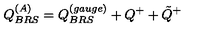
Q _ { B R S } ^ { ( A ) } = Q _ { B R S } ^ { ( g a u g e ) } + Q ^ { + } + { \tilde { Q } } ^ { + }